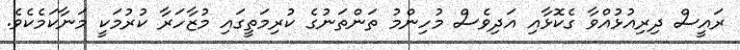
ރައީސް ދިރިއުޅުއްވާ ގެކޮޅާއި އަދިވެސް މުހިންމު ތަންތަނުގެ ކުރިމަތީގައި މުޒާހަރާ ކުރުމަކީ މަނާކަމެކެވެ.